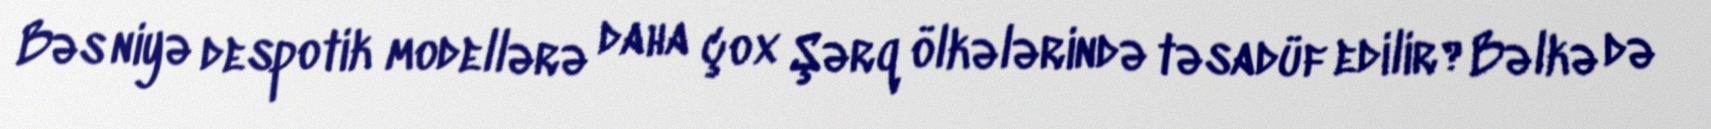
Bəs niyə despotik modellərə daha çox Şərq ölkələrində təsadüf edilir?Bəlkə də